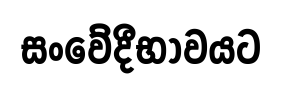
සංවේදීභාවයට